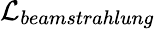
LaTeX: \mathcal{L}_{beamstrahlung}